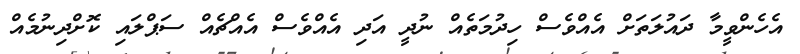
އެހެންވީމާ ދައުލަތަށް އެއްވެސް ހިދުމަތެއް ނުދީ އަދި އެއްވެސް އެއްޗެއް ސަޕްލައި ކޮށްދިނުމެއް